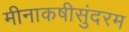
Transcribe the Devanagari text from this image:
मीनाकषीसुंदरम